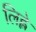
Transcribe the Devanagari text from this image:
लिह्ले